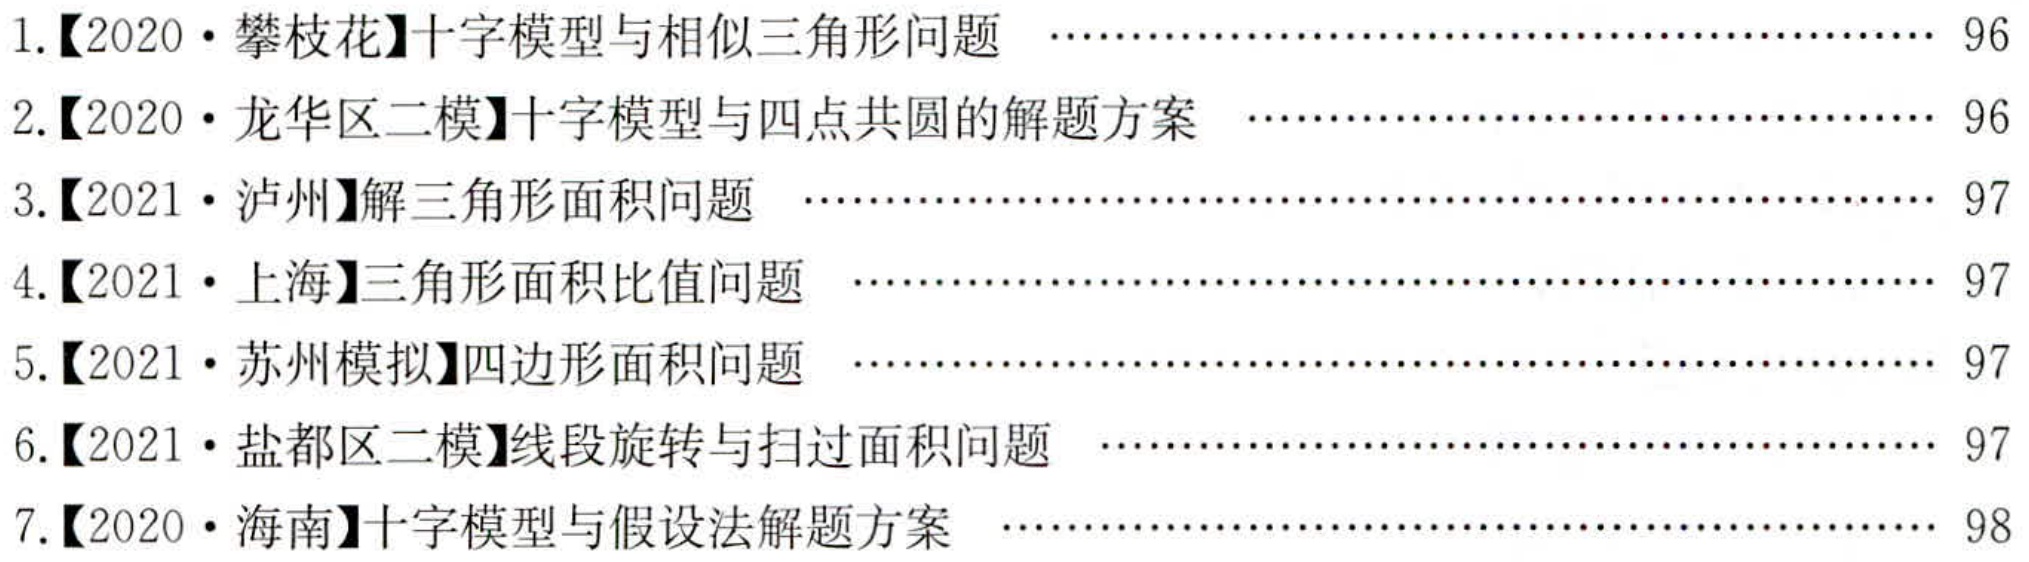
1.【2020·攀枝花】十字模型与相似三角形问题 \hfill 96
2.【2020·龙华区二模】十字模型与四点共圆的解题方案 \hfill 96
3.【2021·泸州】解三角形面积问题 \hfill 97
4.【2021·上海】三角形面积比值问题 \hfill 97
5.【2021·苏州模拟】四边形面积问题 \hfill 97
6.【2021·盐都区二模】线段旋转与扫过面积问题 \hfill 97
7.【2020·海南】十字模型与假设法解题方案 \hfill 98